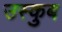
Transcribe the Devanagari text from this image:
उस्कुब